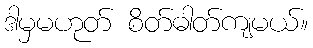
ဒါမှမဟုတ် စိတ်ဓါတ်ကျမယ်။